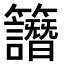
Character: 𥸄